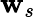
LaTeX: \mathbf{w}_{s}